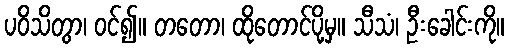
ပဝိသိတွာ၊ ဝင်၍။ တတော၊ ထိုတောင်ပို့မှ။ သီသံ၊ ဦးခေါင်းကို။